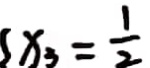
x _ { 3 } = \frac { 1 } { 2 }